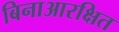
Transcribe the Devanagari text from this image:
बिनाआरक्षित